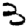
Digit: 3